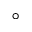
^ { \circ }